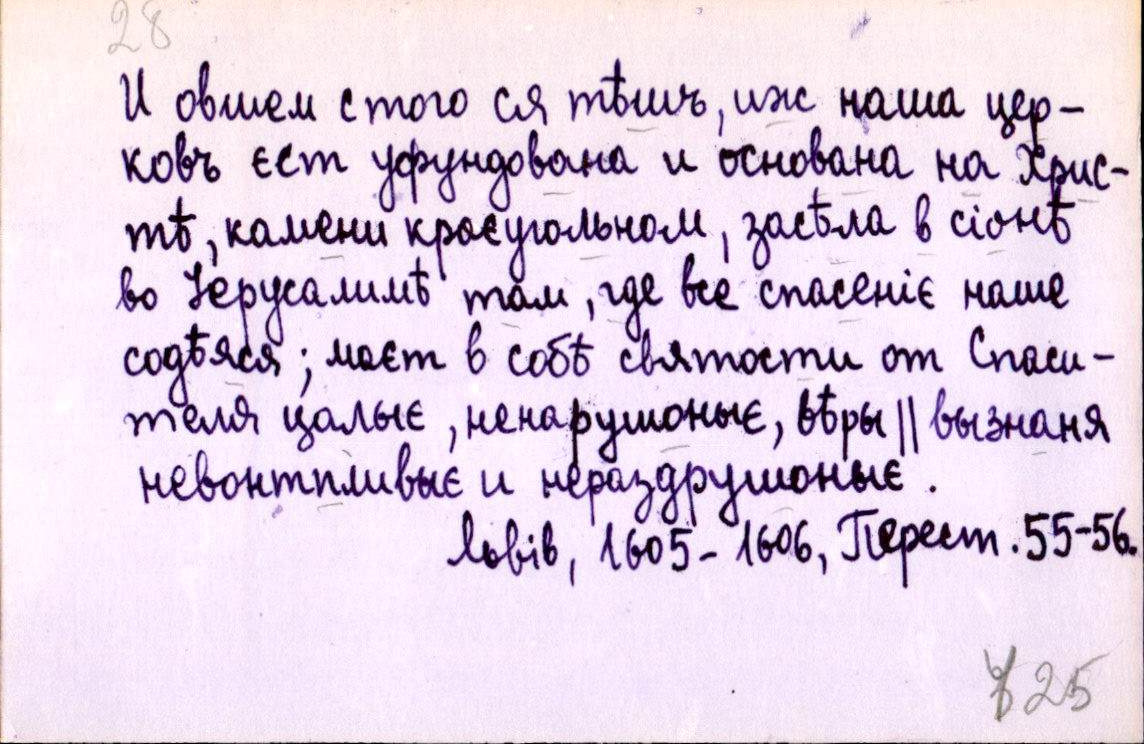
И овшем с того ся тѣшъ, иж наша цер-
ковъ єст уфундована и основана на Хрис-
тѣ, камени краєугольном, засѣла в сіонѣ
во Іерусалимѣ там, где все спасеніє наше
содѣяся; маєт в собѣ святости от Спаси-
теля цалыє, ненарушоныє, вѣры ║ вызнаня
невонтпливыє и нераздрушоныє.
Львів, 1605-1606, Перест. 55-56.